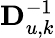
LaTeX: \mathbf{D}_{u,k}^{-1}